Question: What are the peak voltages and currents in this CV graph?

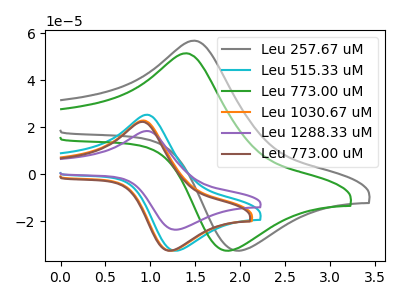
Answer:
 <answer>The gray curve "Leu 257.67 uM" has an anodic peak at (1.50V, 56.75uA) and a cathodic peak at (2.00V, -32.65uA). The cyan curve "Leu 515.33 uM" has an anodic peak at (0.95V, 25.25uA) and a cathodic peak at (1.30V, -32.65uA). The green curve "Leu 773.00 uM" has an anodic peak at (1.40V, 51.40uA) and a cathodic peak at (1.85V, -32.65uA). The orange curve "Leu 1030.67 uM" has an anodic peak at (0.90V, 22.80uA) and a cathodic peak at (1.25V, -32.65uA). The purple curve "Leu 1288.33 uM" has an anodic peak at (0.95V, 18.35uA) and a cathodic peak at (1.30V, -23.70uA). The brown curve "Leu 773.00 uM" has an anodic peak at (0.90V, 22.20uA) and a cathodic peak at (1.20V, -32.65uA).</answer>
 <eval></eval>